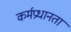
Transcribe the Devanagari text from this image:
कर्मप्रधानता